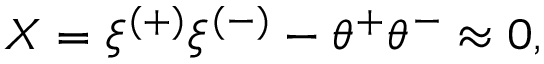
{ \cal X } = \xi ^ { ( + ) } \xi ^ { ( - ) } - \theta ^ { + } \theta ^ { - } \approx 0 ,